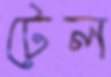
টেল